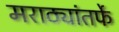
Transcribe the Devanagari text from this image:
मराठ्यांतर्फे